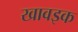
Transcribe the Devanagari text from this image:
खावइक